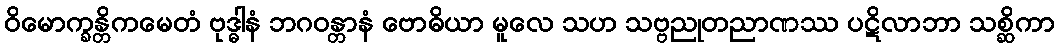
ဝိမောက္ခန္တိကမေတံ ဗုဒ္ဓါနံ ဘဂဝန္တာနံ ဗောဓိယာ မူလေ သဟ သဗ္ဗညုတညာဏဿ ပဋိလာဘာ သစ္ဆိကာ